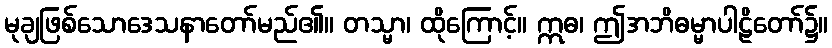
မုချဖြစ်သောဒေသနာတော်မည်၏။ တသ္မာ၊ ထိုကြောင့်။ ဣဓ၊ ဤအဘိဓမ္မာပါဠိတော်၌။